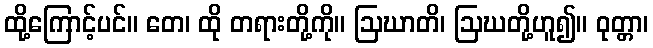
ထို့ကြောင့်ပင်။ တေ၊ ထို တရားတို့ကို။ ဩဃာတိ၊ ဩဃတို့ဟူ၍။ ဝုတ္တာ၊